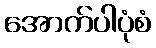
အောက်ပါပုံစံ